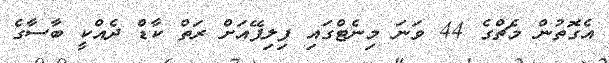
އެގޮތުން މެޗްގެ 44 ވަނަ މިނެޓްގައި ފިލިޕޭއަށް ރަތް ކާޑް ދެއްކީ ބާސާގެ